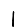
Digit: 1